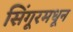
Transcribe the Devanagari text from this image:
सिंगूरमधून